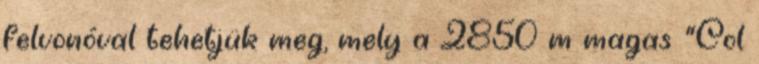
felvonóval tehetjük meg, mely a 2850 m magas "Col